Indian Medical Review
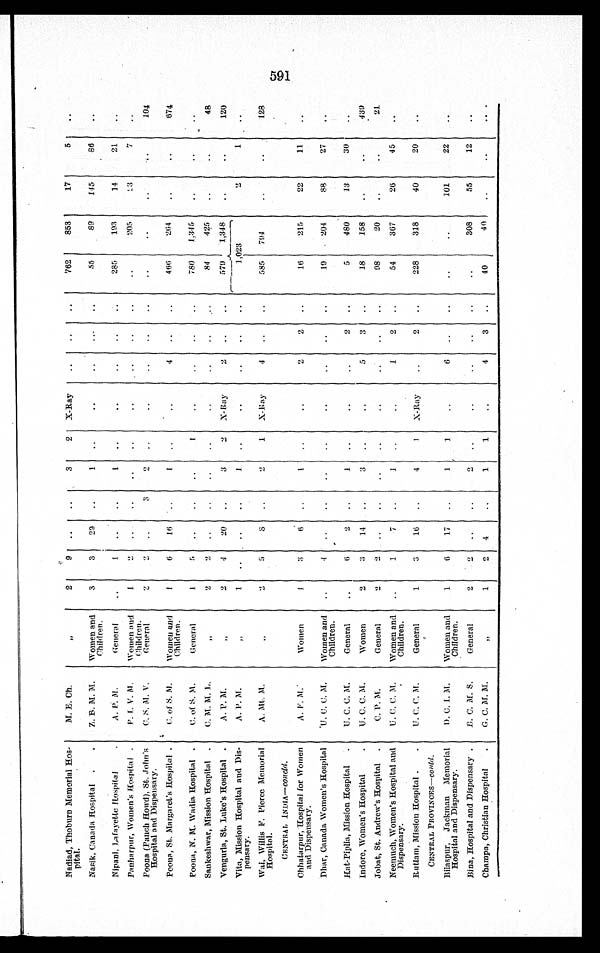
Nadiad, Thoburn Memorial Hos-
pital.
M. E. Ch.
„
2
9
3
2
X-Ray
762
853
17
5
Nasik, Canada Hospital
Z. B. M. M.
Women and
Children.
3
3
2 9
1
55
89
145
86
Nipani, Lafayette Hospital
A. P. M.
General
1
1
285
193
14
21
Panharpur, Women's Hospital
P. I. V. M.
Women and
Children.
1
2
205
23
7
Poona (Panch Howd), St. John's
Hospital and Dispensary.
C. S. M. V.
General
2
2
3
2
104
Poona, St. Margaret's Hospital.
C. of S. M.
Women and
Children.
1
6
16
1
4
466
264
674
Poona, N. M. Wadia Hospital
C. of S. M.
General
1
5
1
780
1,345
Sankeshwar, Mission Hospital
C. M. M.L.
,,
2
2
84
425
4 8
Vengurla, St. Luke's Hospital
A. P. M.
,,
2
4
20
3
2
X-Ray
2
57 9
1,348
120
Vita, Mission Hospital and Dis-
pensary.
A. P. M.
,,
1
1
1,023
2
1
Wai, Willis F. Pierce Memorial
Hospital.
A. Mt. M.
,,
2
5
8
2
1
X-Ray
4
585
794
128
CENTRAL INDIA— c o n c l d .
Chhatarpur, Hospital for Women
and Dispensary.
A. F. M.
Women
1
3
6
1
2
2
16
215
22
11
Dhar, Canada Women's Hospital
U .
C. C. M.
Women and
Children.
4
19
204
88
27
Hat-Piplia, Mission Hospital
U. C. C. M.
General
6
2
1
2
5
480
13
30
Indore, Women's Hospital
U. C. C. M.
Women
2
3 14
3
5 3
18
158
439
Jobat, St. Andrew's Hospital
C. P. M.
General
2
2
98
20
21
Neemuch, Women's Hospital and
Dispensary.
U. C. C. M.
Women and
Children.
1
7
1
1
2
54
367
26
45
Rutlam, Mission Hospital
U. C. C. M.
General
1
3 16
4
1
X-Ray
2
228
318
40
20
CENTRAL PROVINCES—Contd.
Bilaspur, Jackman Memorial
Hospital and Dispensary.
D. C. I. M.
Women and
Children.
1
6
17
1
1
6
101
22
Bina, Hospital and Dispensary.
B. C. M. S.
General
2
2
2
308
55
12
Champa, Christian Hospital
G. C. M. M.
„
1
2
4
1
1
4
3
40
40